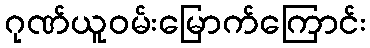
ဂုဏ်ယူဝမ်းမြောက်ကြောင်း